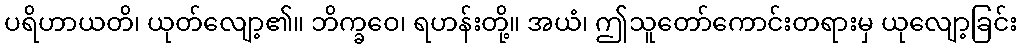
ပရိဟာယတိ၊ ယုတ်လျော့၏။ ဘိက္ခဝေ၊ ရဟန်းတို့။ အယံ၊ ဤသူတော်ကောင်းတရားမှ ယုလျော့ခြင်း